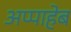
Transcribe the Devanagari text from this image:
अप्पाहेब